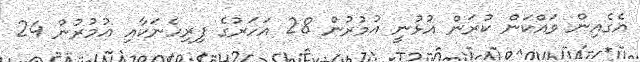
އެގެއިން ވައްކަން ކުރަން އުޅުނީ އުމުރުން 28 އަހަރުގެ ފިރިހެނަކާއި އުމުރުން 24